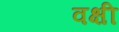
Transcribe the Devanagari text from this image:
वक्षी